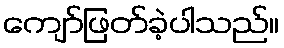
ကျော်ဖြတ်ခဲ့ပါသည်။